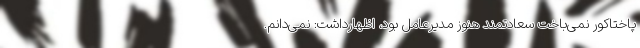
پاختاکور نمی‌باخت سعادتمند هنوز مدیرعامل بود، اظهارداشت: نمی‌دانم.